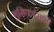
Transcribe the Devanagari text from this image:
भुमिकांसाठी